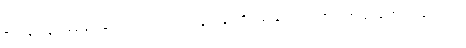
ဇဝနေ၊ လျှင်မြန်ခြင်းနှင့်လည်းကောင်း။ မဒ္ဒဝေန၊ ကိုယ်၏နူးညံသည်၏အအဖြစ်နှင့်လည်းကောင်း။